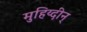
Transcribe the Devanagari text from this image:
मुहिय्दीन्